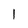
Character: 1